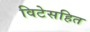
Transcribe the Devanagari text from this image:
विटेसहित